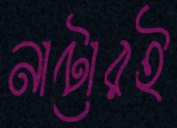
নাটোরই